Lunatic asylums Punjab 1868-1880 - 1868-1880
Year: 1868
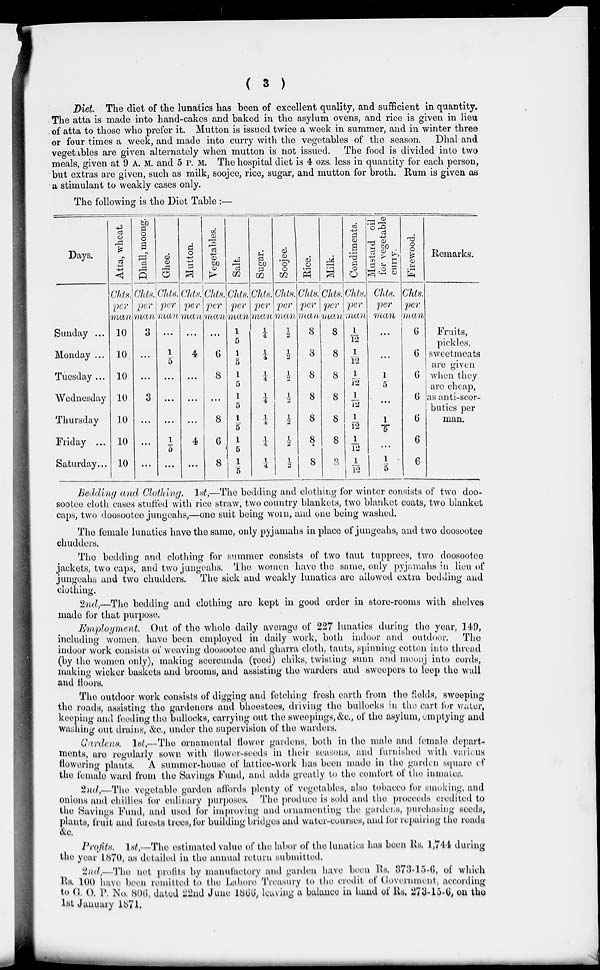
( 3 )
Diet. The diet of the lunatics has been of excellent quality, and sufficient in quantity.
The atta is made into hand-cakes and baked in the asylum ovens, and rice is given in lieu
of atta to those who prefer it. Mutton is issued twice a week in summer, and in winter three
or four times a week, and made into curry with the vegetables of the season. Dhal and
vegetables are given alternately when mutton is not issued. The food is divided into two
meals, given at 9 A. M. and 5 P. M. The hospital diet is 4 ozs. less in quantity for each person,
but extras are given, such as milk, soojee, rice, sugar, and mutton for broth. Rum is given as
a stimulant to weakly cases only.
The following is the Diet Table:—
Days.
Sunday ...
Monday ...
Tuesday...
Wednesday
Thursday
Friday ...
Saturday...
Atta, wheat.
Chts.
per
man
10
10
10
10
10
10
10
Dhall, moong.
Chts.
per
man
3
...
...
3
...
...
...
Ghee.
Chts.
per
man
...
1/5
...
...
...
1/5
...
Mutton.
Chts.
per
man
...
4
...
...
...
4
...
Vegetables.
Chts.
per
man
...
6
8
...
8
6
8
Salt.
Chts.
per
man
1/5
1/5
1/5
1/5
1/5
1/5
1/ 5
Sugar.
Chts.
per
man
1/4
1/4
1/4
1/4
1/4
1/4
1/4
Soojee.
Chts.
per
man
½
½
½
½
½
½
½
Rice.
Chts.
per
man
8
8
8
8
8
8
8
Milk.
Chts.
per
man
8
8
8
8
8
8
8
Condiments.
Chts.
per
man
1/12
1/12
1/12
1/ 12
1/12
1/12
1/12
Mustard oil
for vegetable
curry.
Chts.
per
man
...
...
1/5
...
1/5
...
1/5
Firewood.
Chts.
per
man
6
6
6
6
6
6
6
Remarks.
Fruits,
pickles,
sweetmeats
are given
when they
are cheap,
as anti-scor-
butics per
man.
Bedding and Clothing. 1st,—The bedding and clothing for winter consists of two doo-
sootee cloth cases stuffed with rice straw, two country blankets, two blanket coats, two blanket
caps, two doosootee jungeahs,—one suit being worn, and one being washed.
The female lunatics have the same, only pyjamahs in place of jungeahs, and two doosootee
chudders.
The bedding and clothing for summer consists of two taut tupprees, two doosootee
jackets, two caps, and two jungeahs. The women have the same, only pyjamahs in lieu of
jungeahs and two chudders. The sick and weakly lunatics are allowed extra bedding and
clothing.
2nd,—The bedding and clothing are kept in good order in store-rooms with shelves
made for that purpose.
Employment. Out of the whole daily average of 227 lunatics during the year, 149,
including women, have been employed in daily work, both indoor and outdoor. The
indoor work consists of weaving doosootee and gharra cloth, tauts, spinning cotton into thread
(by the women only), making seercunda (reed) chiks, twisting sunn and moonj into cords,
making wicker baskets and brooms, and assisting the warders and sweepers to leep the wall
and floors.
The outdoor work consists of digging and fetching fresh earth from the fields, sweeping
the roads, assisting the gardeners and bheestees, driving the bullocks in the cart for water,
keeping and feeding the bullocks, carrying out the sweepings, &c., of the asylum, emptying and
washing out drains, &c., under the supervision of the warders.
Gardens.1st,—The ornamental flower gardens, both in the male and female depart-
ments, are regularly sown with flower-seeds in their seasons, and furnished with various
flowering plants. A summer-house of lattice-work has been made in the garden square of
the female ward from the Savings Fund, and adds greatly to the comfort of the inmates.
2nd,—The vegetable garden affords plenty of vegetables, also tobacco for smoking, and
onions and chillies for culinary purposes. The produce is sold and the proceeds credited to
the Savings Fund, and used for improving and ornamenting the gardens, purchasing seeds,
plants, fruit and forests trees, for building bridges and water-courses, and for repairing the roads
&c.
Profits. 1st,—The estimated value of the labor of the lunatics has been Rs. 1,744 during
the year 1870, as detailed in the annual return submitted.
2nd,—The net profits by manufactory and garden have been Rs. 373-15-6, of which
Rs. 100 have been remitted to the Lahore Treasury to the credit of Government, according
to G. O. P. No. 806, dated 22nd June 1866, leaving a balance in hand of Rs. 273-15-6, on the
1st January 1871.